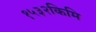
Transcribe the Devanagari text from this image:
१५३२किमि